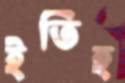
ইতিহ